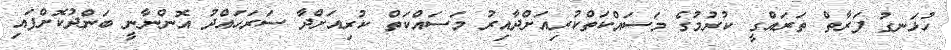
ހުޅަނގު ފަރާތް ތަރައްގީ ކުރުމުގެ މަސައްކަތްކުރިއަށްދާއިރު މަސައްކަތް ކުރިއަށްދާ ސަރަހައްދު އޮންނާނީ ބަންދުކޮށްފައި